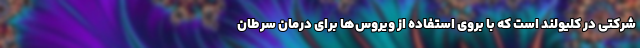
شرکتی در کلیولند است که با بروی استفاده از ویروس‌ها برای درمانِ سرطان